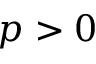
p > 0